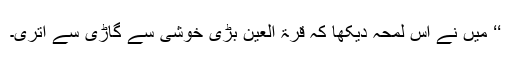
‘‘ مَیں نے اس لمحہ دیکھا کہ قرۃ العین بڑی خوشی سے گاڑی سے اتری۔